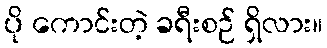
ပို ကောင်းတဲ့ ခရီးစဉ် ရှိလား။